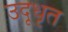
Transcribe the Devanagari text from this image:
उदूधृत